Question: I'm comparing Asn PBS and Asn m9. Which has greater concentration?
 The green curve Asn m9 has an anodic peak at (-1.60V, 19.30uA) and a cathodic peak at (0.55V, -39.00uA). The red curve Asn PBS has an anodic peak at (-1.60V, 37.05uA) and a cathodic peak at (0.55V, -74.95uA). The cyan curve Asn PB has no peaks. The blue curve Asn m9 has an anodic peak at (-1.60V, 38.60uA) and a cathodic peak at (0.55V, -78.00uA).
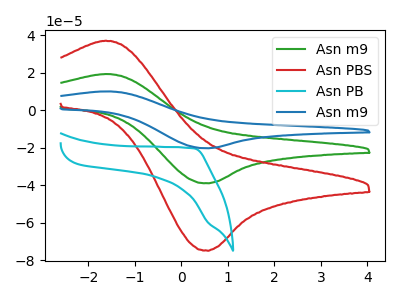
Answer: <think>All the peaks in "Asn PBS" have a peak in "Asn m9" at the same potential. Every peak in "Asn PBS" is higher than every peak in "Asn m9".
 </think>
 <answer>"Asn PBS" has more signal than "Asn m9" and so likely has a higher concentration.</answer>
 <eval>more_concentration</eval>